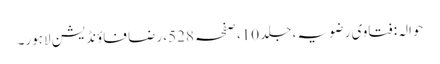
حوالہ: فتاوی رضویہ، جلد 10، صفحہ 528، رضا فاؤنڈیشن لاہور۔